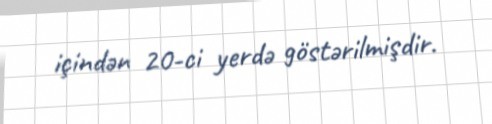
içindən 20-ci yerdə göstərilmişdir.